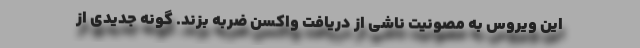
این ویروس به مصونیت ناشی از دریافت واکسن ضربه بزند. گونه جدیدی از